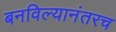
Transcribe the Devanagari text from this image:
बनविल्यानंतरच